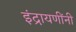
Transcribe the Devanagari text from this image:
इंद्रायणींनी